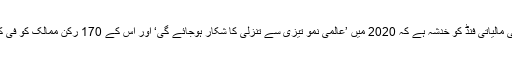
آئی ایم ایف کی سربراہ نے کہا کہ بین الاقوامی مالیاتی فنڈ کو خدشہ ہے کہ 2020 میں ’عالمی نمو تیزی سے تنزلی کا شکار ہوجائے گی‘ اور اس کے 170 رکن ممالک کو فی کس آمدنی میں کمی کا سامنا کرنا پڑسکتا ہے۔